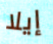
إيلا